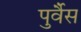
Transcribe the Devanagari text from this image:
पुर्वैस